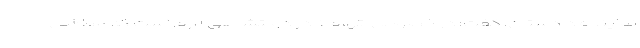
نماینده دادستان، گفت: در خصوص اتهام نادر دولتشاهی لازم است که مطالبی